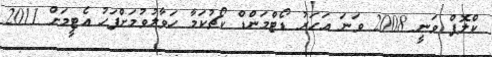
ކްލޮޕް ވަނީ 2008 ވަނަ އަހަރު ޑޯޓްމަންޑް ކޯޗުކަމާ ހަވާލުވުމަށްފަހު އެޓީމަށް 2011